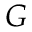
G